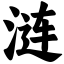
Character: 涟